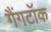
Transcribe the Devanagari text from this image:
गैंगटॉक